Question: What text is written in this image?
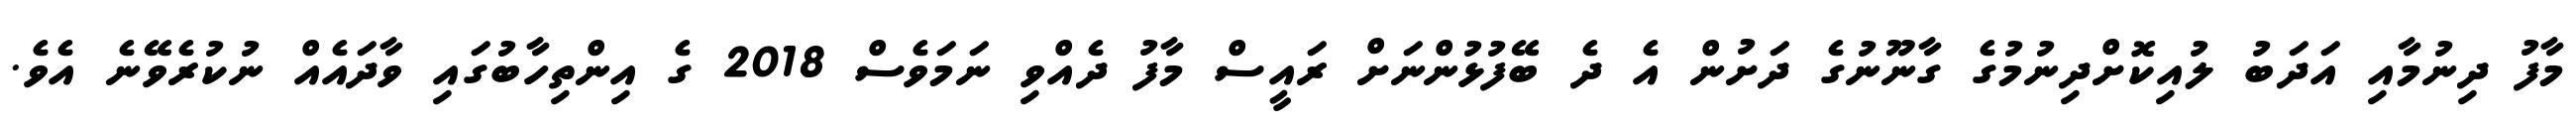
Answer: މާފު ދިނުމާއި އަދަބު ލުއިކޮށްދިނުމުގެ ގާނޫނުގެ ދަށުން އެ ދެ ބޭފުޅުންނަށް ރައީސް މާފު ދެއްވި ނަމަވެސް 2018 ގެ އިންތިހާބުގައި ވާދައެއް ނުކުރެވޭނެ އެވެ.